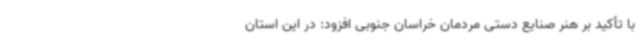
با تأکید بر هنر صنایع دستی مردمان خراسان جنوبی افزود: در این استان